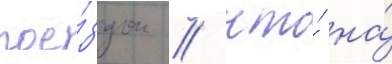
пое́здок / что́ на́